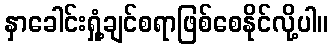
နှာခေါင်းရှုံ့ချင်စရာဖြစ်စေနိုင်လို့ပါ။